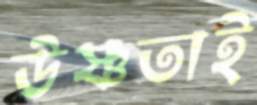
উষ্ণতাই